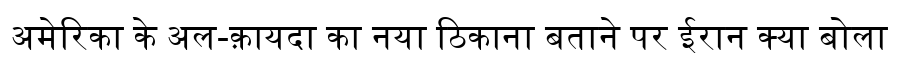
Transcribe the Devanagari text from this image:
अमेरिका के अल-क़ायदा का नया ठिकाना बताने पर ईरान क्या बोला